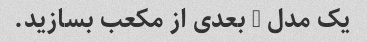
یک مدل 3 بعدی از مکعب بسازید.